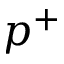
p ^ { + }